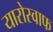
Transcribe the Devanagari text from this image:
यारोस्वाफ